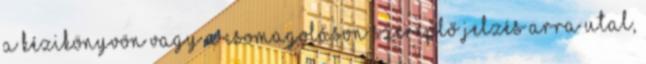
a kézikönyvön vagy a csomagoláson szereplő jelzés arra utal,